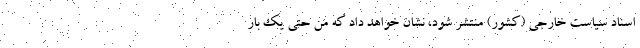
اسناد سیاست خارجی (کشور) منتشر شود، نشان خواهد داد که من حتی یک بار